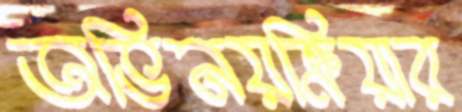
অভিনয়ক্রিয়ার